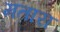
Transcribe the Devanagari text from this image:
मतारा